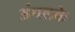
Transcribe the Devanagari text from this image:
अंचलके